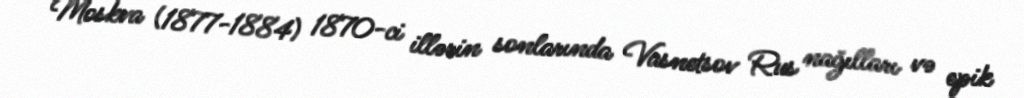
Moskva (1877-1884) 1870-ci illərin sonlarında Vasnetsov Rus nağılları və epik